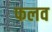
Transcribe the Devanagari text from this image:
फलव